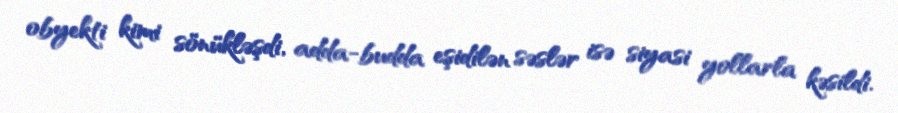
obyekti kimi sönükləşdi, adda-budda eşidilən səslər isə siyasi yollarla kəsildi.